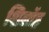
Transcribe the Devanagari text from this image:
शिलॉह